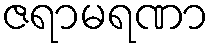
ဇရာမရဏာ